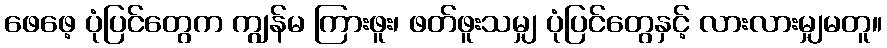
ဖေဖေ့ ပုံပြင်တွေက ကျွန်မ ကြားဖူး၊ ဖတ်ဖူးသမျှ ပုံပြင်တွေနှင့် လားလားမျှမတူ။